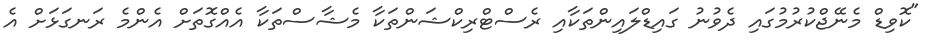
"ކޮވިޑް މެނޭޖްކުރުމުގައި ދެވުނު ގައިޑްލައިންތަކާއި ރެސްޓްރިކްޝަންތަކާ މެޝާސްތަކާ އެއްގޮތަށް އެންމެ ރަނގަޅަށް އެ